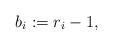
LaTeX: \begin{align*}b_i:=r_i-1,\end{align*}